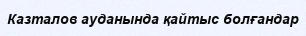
Казталов ауданында қайтыс болғандар